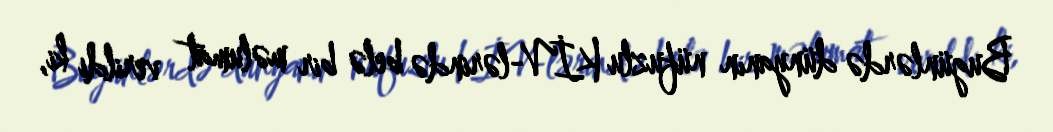
Bugünlərdə dünyanın nüfuzlu KİV-lərində belə bir məlumat verildi ki,